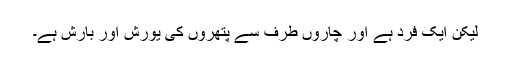
لیکن ایک فرد ہے اور چاروں طرف سے پتھروں کی یورش اور بارش ہے۔